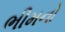
ભીમનો